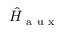
\hat { H } _ { \mathrm { ~ a ~ u ~ x ~ } }